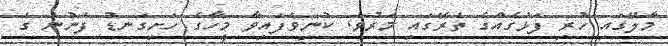
މާލޭގައި ހުރި ފަޅުގެއްގެ ތެރޭގައި މަރުވެ